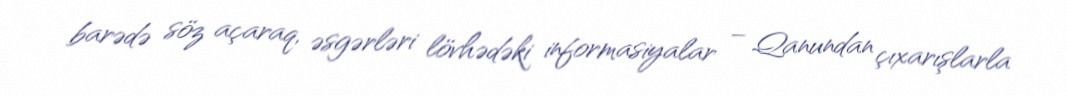
barədə söz açaraq, əsgərləri lövhədəki informasiyalar – Qanundan çıxarışlarla